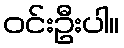
ဝင်းဦးပါ။